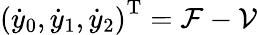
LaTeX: \left(\dot{y}_{0},\dot{y}_{1},\dot{y}_{2}\right)^{\mathrm{T}}=\mathcal{F}-\mathcal{V}